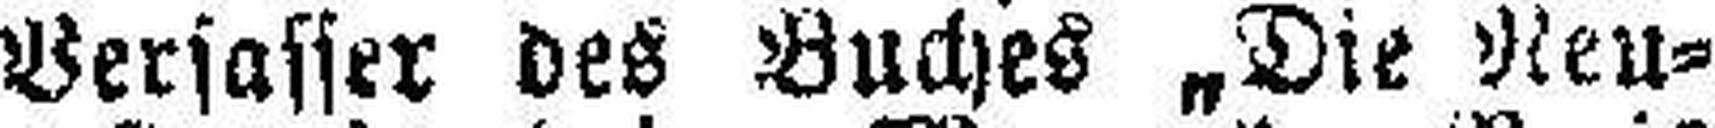
Verfasser des Buches „Die Neu¬